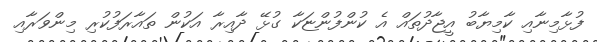
ފުޅާމިނާއި ކާމިޔާބު އީޖާދުތައް އެ ކުންފުންޏަކާ ގުޅޭ ދާއިރާ އަކުން ތައާރަފުކުރި މިންވަރާއި